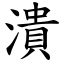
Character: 潰